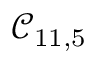
\mathcal { C } _ { 1 1 , 5 }